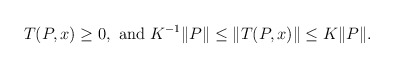
\begin{align*}T(P,x) \ge 0, \ \textrm{and} \ K^{-1} \| P \| \leq {} & \| T ( P,x) \| \leq K \| P\|.\end{align*}